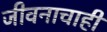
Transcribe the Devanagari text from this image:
जीवनाचाही